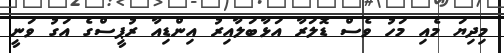
މިދިޔަ މެއި މަހު ވެސް ޑޮލަރާ އަޅާބަލާއިރު އިންޑިއާ ރުޕީސްގެ އަގު ވަނީ